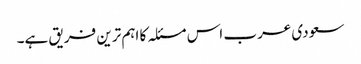
سعودی عرب اس مسئلہ کا اہم ترین فریق ہے۔